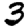
Digit: 3